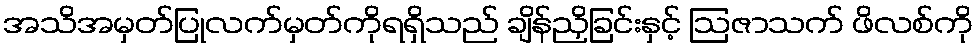
အသိအမှတ်ပြုလက်မှတ်ကိုရရှိသည် ချိန်ညှိခြင်းနှင့် ဩဇာသက် ဖိလစ်ကို